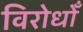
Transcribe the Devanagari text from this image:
विरोधोँ